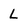
Character: L